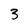
Character: 3